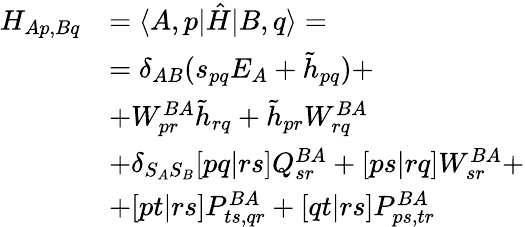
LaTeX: \begin{array}{rl}{H_{Ap,Bq}}&{=\langle A,p|\hat{H}|B,q\rangle=}\\ &{=\delta_{AB}(s_{pq}E_{A}+\tilde{h}_{pq})+}\\ &{+W_{pr}^{BA}\tilde{h}_{rq}+\tilde{h}_{pr}W_{rq}^{BA}}\\ &{+\delta_{S_{A}S_{B}}[pq|rs]Q_{sr}^{BA}+[ps|rq]W_{sr}^{BA}+}\\ &{+[pt|rs]P_{ts,qr}^{BA}+[qt|rs]P_{ps,tr}^{BA}}\end{array}